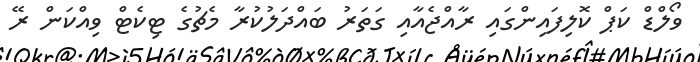
ވޯލްޑް ކަޕް ކޮލިފައިންގައި ރާއްޖެއާއި ގަތަރު ބައްދަލުކުރާ މެޗުގެ ޓިކެޓް ވިއްކަން ރޭ